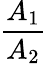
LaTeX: \frac{A_{1}}{A_{2}}